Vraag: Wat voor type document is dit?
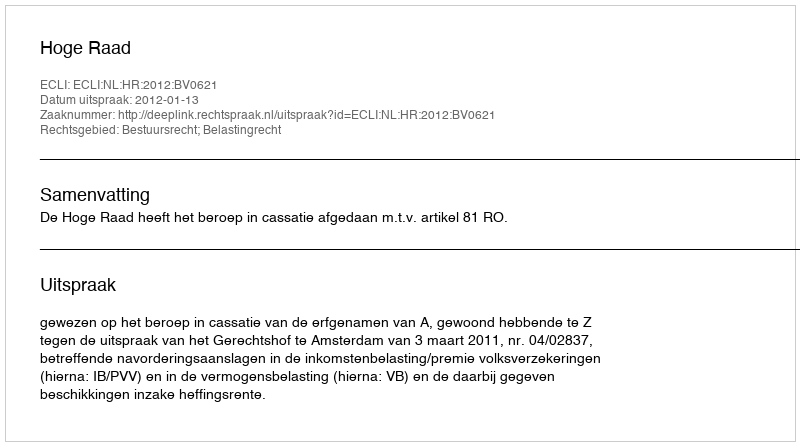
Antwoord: Uitspraak